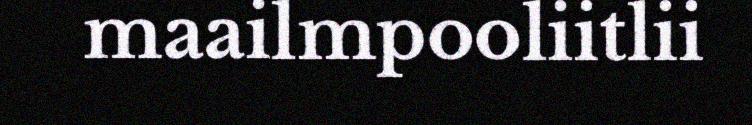
maailmpooliitlii